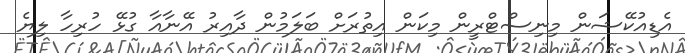
އެޑިއުކޭޝަން މިނިސްޓްރީން މިކަން އިތުރަށް ބަލަމުން ދާއިރު އޭނާއާ ގުޅޭ ހުރިހާ ލިޔެ